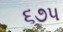
૬૭૫